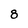
Character: 8